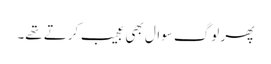
پھر لوگ سوال بھی عجیب کرتے تھے۔